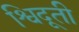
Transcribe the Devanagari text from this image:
श्विदूती